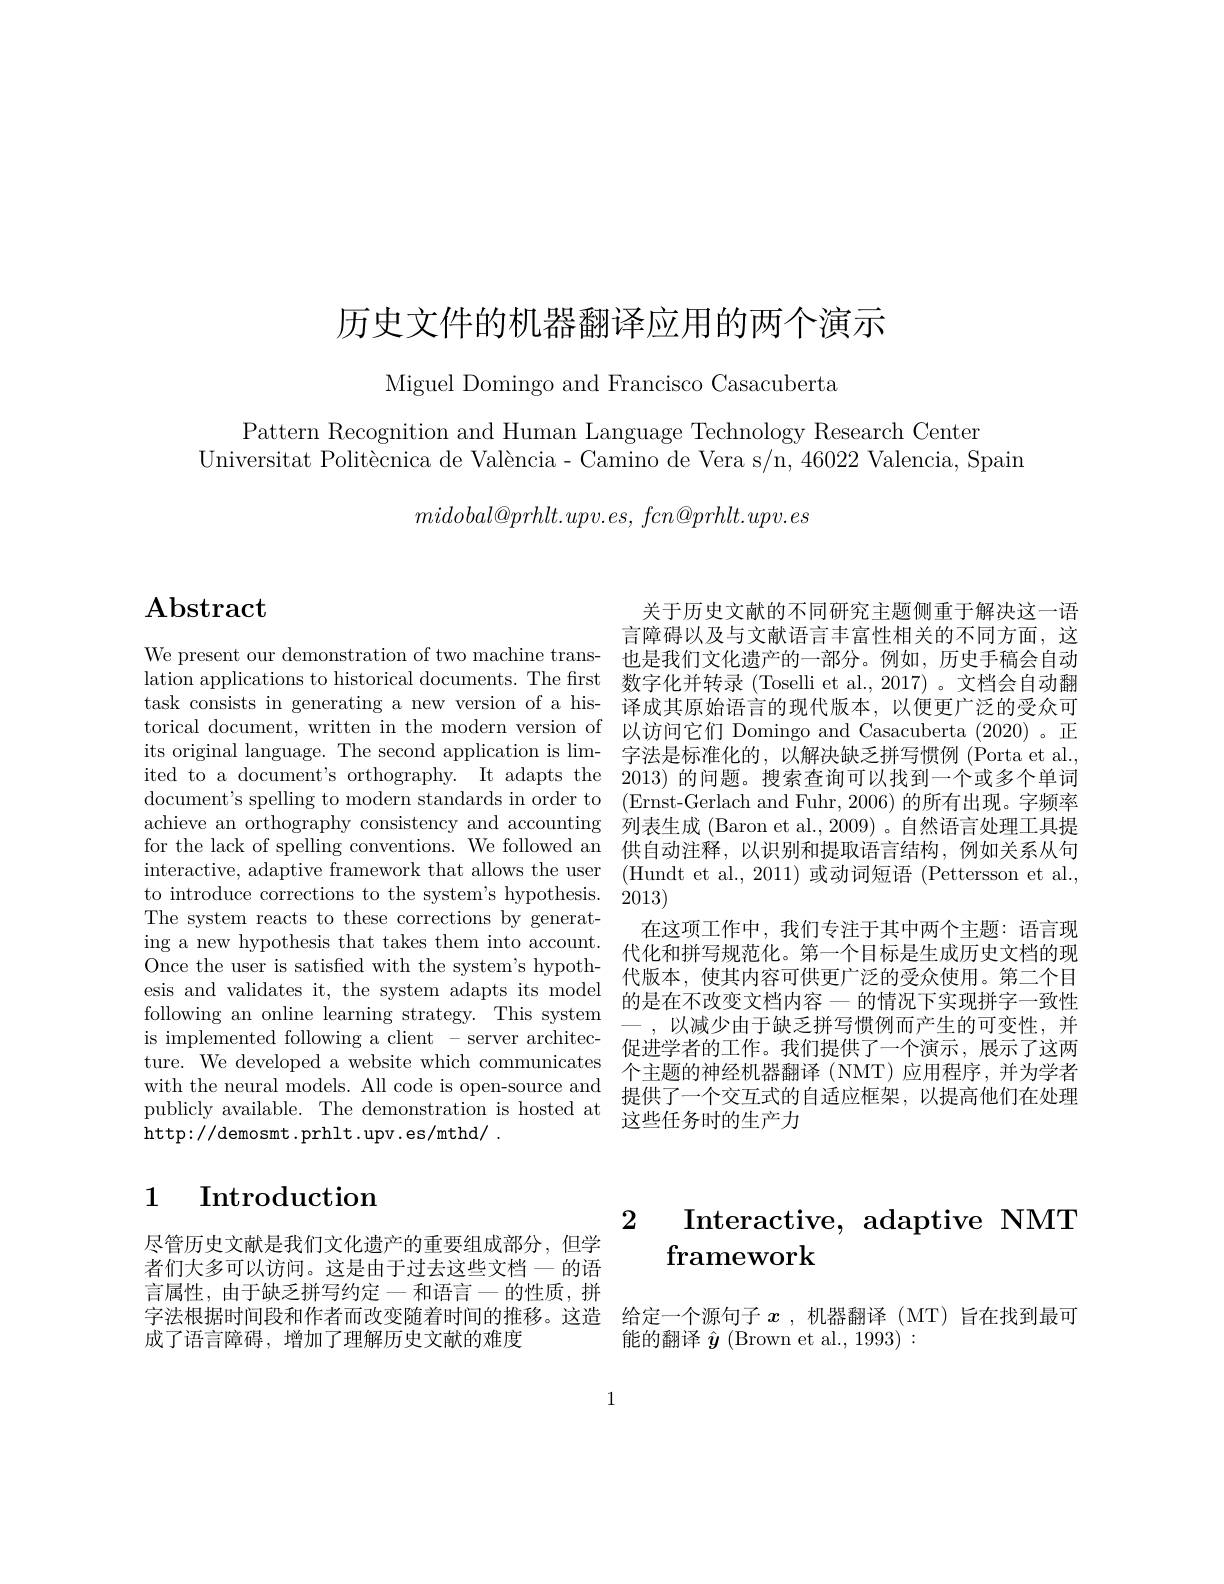
# 历史文件的机器翻译应用的两个演示

Miguel Domingo and Francisco Casacuberta

Pattern Recognition and Human Language Technology Research Center
Universitat Politècnica de València- Camino de Vera s/n, 46022 Valencia, Spain

$midobal@ prhlt. upv. es$, $fcn@ prhlt. upv. es$

# $\mathbf{A}$bstract

The system reacts to these corrections by generating a new hypothesis that takes them into account. Once the user is satisfied with the system's hypothesis and validates it, the system adapts its model following an online learning strategy. This system ture. We developed a website which communicates with the neural models. All code is open-source and publicly available. The demonstration is hosted at http://demosmt.prhlt.upv.es/mthd/.

# 1 Introduction

尽管历史文献是我们文化遗产的重要组成部分，但学者们大多可以访问。这是由于过去这些文档一的语言属性，由于缺乏拼写约定一和语言一的性质，拼字法根据时间段和作者而改变随着时间的推移。这造 给定一个源句子$x$ ,机器翻译 (MT) 旨在找到最可
成了语言障碍，增加了理解历史文献的难度

关于历史文献的不同研究主题侧重于解决这一语言障碍以及与文献语言丰富性相关的不同方面，这
We present our demonstration of two machine trans- 也是我们文化遗产的一部分。例如，历史手稿会自动lation applications to historical documents. The first 数字化并转录 (Toselli et al., 2017) 。文档会自动翻task consists in generating a new version of a his- 译成其原始语言的现代版本，以便更广泛的受众可torical document, written in the modern version of 以访问它们 Domingo and Casacuberta (2020) 。正its original language. The second application is lim- 字法是标准化的，以解决缺乏拼写惯例 (Porta et al., ited to a document's orthography. It adapts the 2013) 的问题。搜索查询可以找到一个或多个单词document's spelling to modern standards in order to (Ernst-Gerlach and Fuhr, 2006) 的所有出现。字频率achieve an orthography consistency and accounting 列表生成 (Baron et al., 2009) 。自然语言处理工具提for the lack of spelling conventions. We followed an 供自动注释，以识别和提取语言结构，例如关系从句interactive, adaptive framework that allows the user (Hundt et al., 2011) 或动词短语 (Pettersson et al., to introduce corrections to the system's hypothesis. 2013)
在这项工作中，我们专注于其中两个主题：语言现代化和拼写规范化。第一个目标是生成历史文档的现代版本，使其内容可供更广泛的受众使用。第二个目的是在不改变文档内容-的情况下实现拼字一致性
,以减少由于缺乏拼写惯例而产生的可变性，并
is implemented following a client - server architec- 促进学者的工作。我们提供了一个演示，展示了这两
个主题的神经机器翻译 (NMT)应用程序，并为学者提供了一个交互式的自适应框架，以提高他们在处理这些任务时的生产力

# 2 Interactive, adaptive NMT framework

能的翻译$\hat{\boldsymbol{y}}$ (Brown et al., 1993) :

1